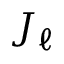
J _ { \ell }